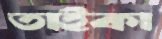
তাইকা